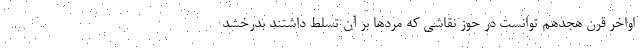
اواخر قرن هجدهم توانست در حوز نقاشی که مرد‌ها بر آن تسلط داشتند بدرخشد